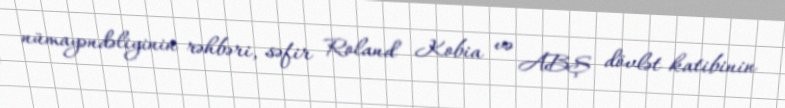
nümayəndəliyinin rəhbəri, səfir Roland Kobia və ABŞ dövlət katibinin